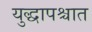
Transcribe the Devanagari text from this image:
युद्धापश्चात